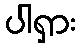
ပါရှား